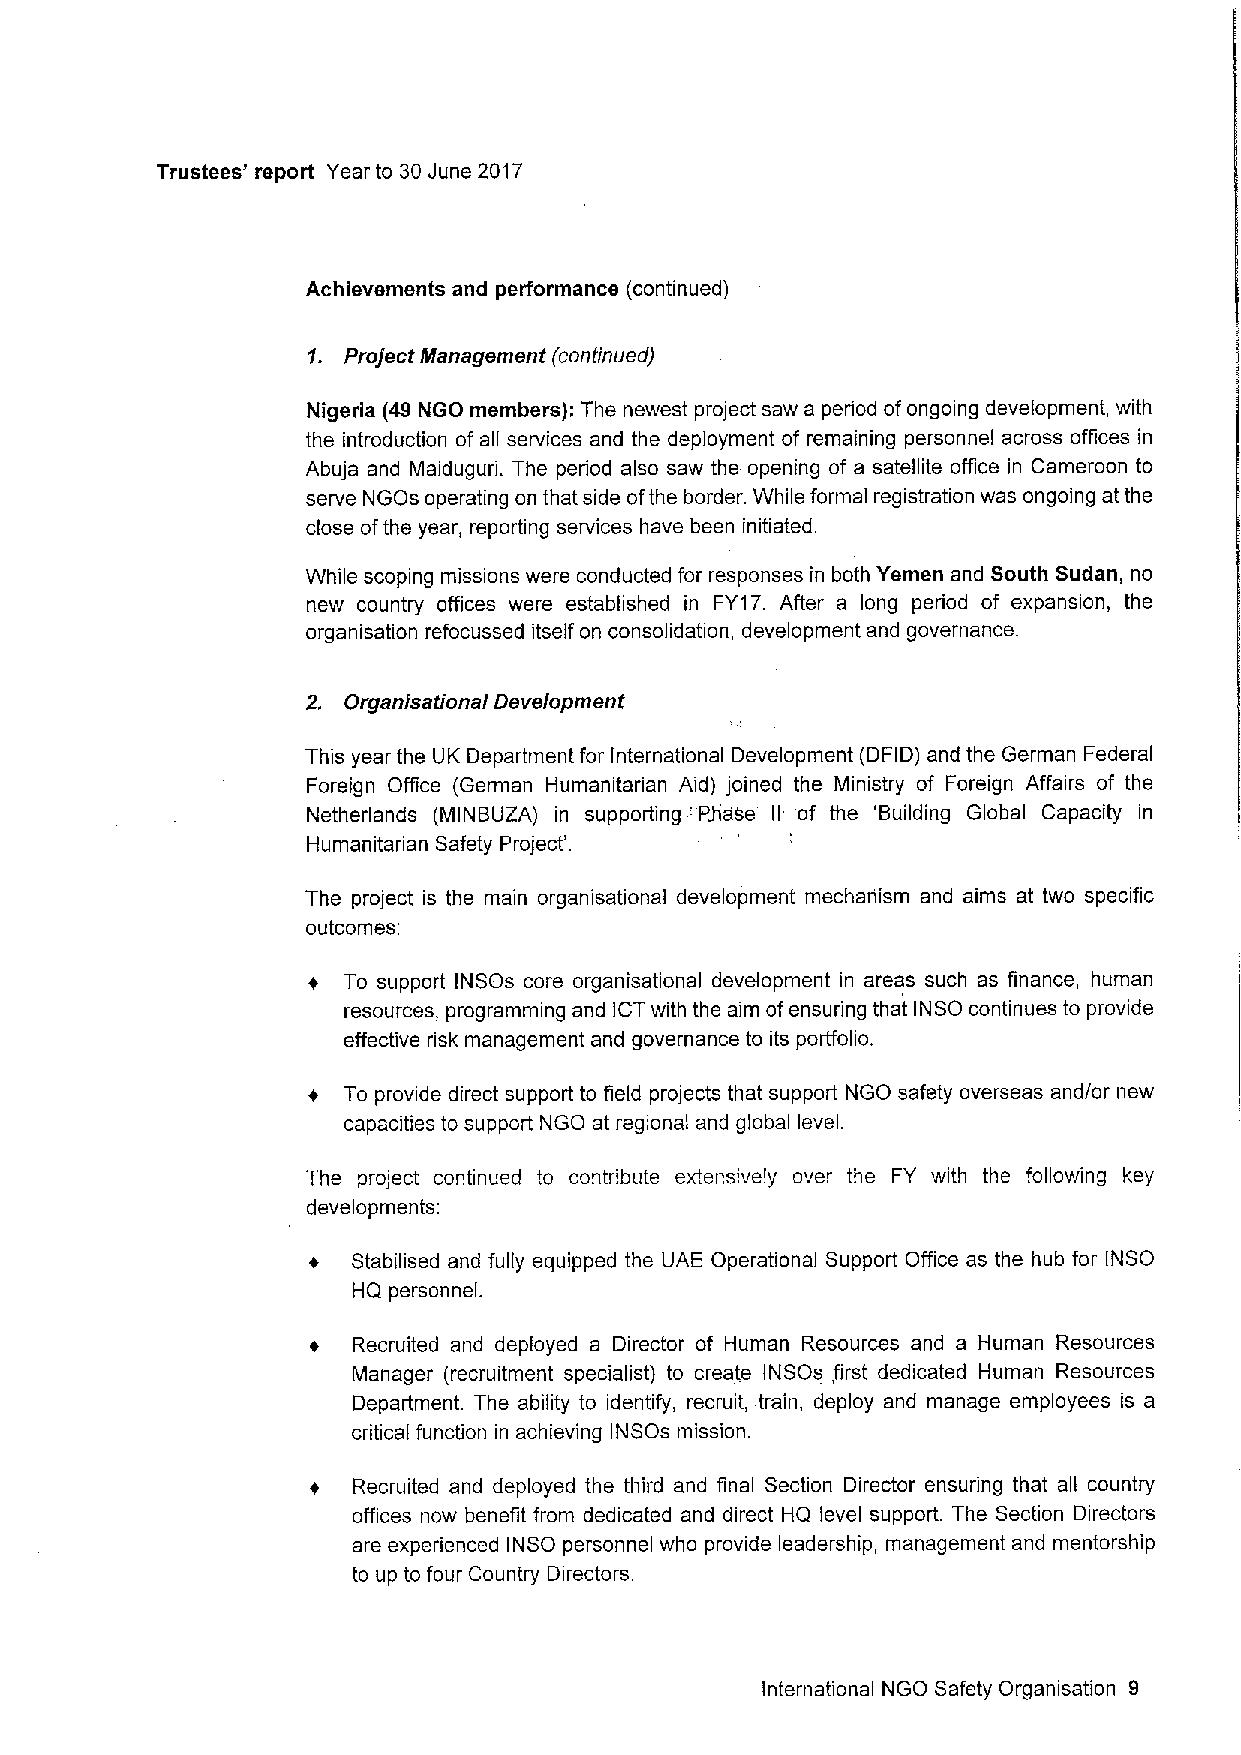
Trustees' report Year to 30June 2017
 Achievements and performance (continued)
 1. Project Management (continued)
 Nigeria (49 NGO members): The newest project saw a period ofongoing development, with
 the introduction of all services and the deployment of remaining personnel across offices in
 Abuja and Maiduguri. The period also saw the opening of a satellite office in Cameroon to
 serve NGOs operating on that side ofthe border. While formal registration was ongoing at the
 close ofthe year, reporting services have been initiated.
 While seeping missions were conducted for responses in both Yemen and South Sudan, no
 new country offices were established in FY17. After a long period of expansion, the
 organisation refocussed itself on consolidation, development and governance.
 2. Organlsafional Development
 This year the UK Department for International Development (DFID) and the German Federal
 Foreign Office (German Humanitarian Aid) joined the Ministry of Foreign Affairs of the
 Netherlands (MINBUZA) in supporting 'P&ase II of the 'Building Global Capacity in
 Humanitarian Safety Project'.
 The project is the main organisational development mechanism and aims at two specific
 outcomes:
 To support INSOs core organisational development in areas such as finance, human
 resources, programming and ICTwith the aim ofensuring that INSO continues to provide
 effective risk management and governance to its porffolio.
 t
 To provide direct support to field projects that support NGO safety overseas and/or new
 capacities to support NGO at regional and global level.
 The project continued to contribute extensively over the FY with the following key
 developments:
 +  Stabilised and fully equipped the UAE Operational Support Office as the hub for INSO
 HQ personnel.
 t Recruited and deployed a Director of Human Resources and a Human Resources
 Manager (recruitment specialist) to create INSOs,first dedicated Human Resources
 Department. The ability to identify, recruit, train, deploy and manage employees is a
 critical function in achieving INSOs mission.
 t Recruited and deployed the third and final Section Director ensuring that all country
 offices now benefit from dedicated and direct HQ level support. The Section Directors
 are experienced INSO personnel who provide leadership, management and mentorship
 to up to four Country Directors.
 International NGO Safety Organisation 9